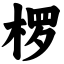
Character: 椤